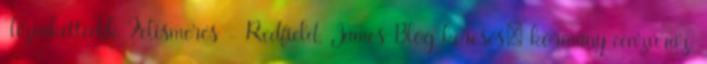
Tizenkettedik Felismerés - Redfield, James Blog keresés: kormány cenzúráz,